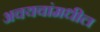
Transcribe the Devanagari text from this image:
अवयवांमधील